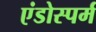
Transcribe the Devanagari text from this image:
एंडोस्पर्म